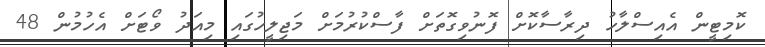
ކޮމިޓީން އެއިސްލާހު ދިރާސާކޮށް ފޮނުވިގޮތަށް ފާސްކުރުމަށް މަޖިލީހުގައި މިއަދު ވޯޓަށް އެހުމުން 48